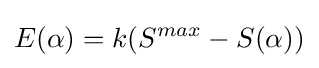
E(\alpha )=k(S^{max}-S(\alpha ))